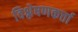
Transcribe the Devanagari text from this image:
विश्लेषणकर्त्ता